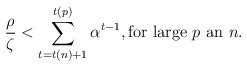
\begin{align*}\frac{\rho}{\zeta}<\sum_{t=t(n)+1}^{t(p)}{\alpha^{t-1}},\mbox{for large $p$ an $n$}.\end{align*}